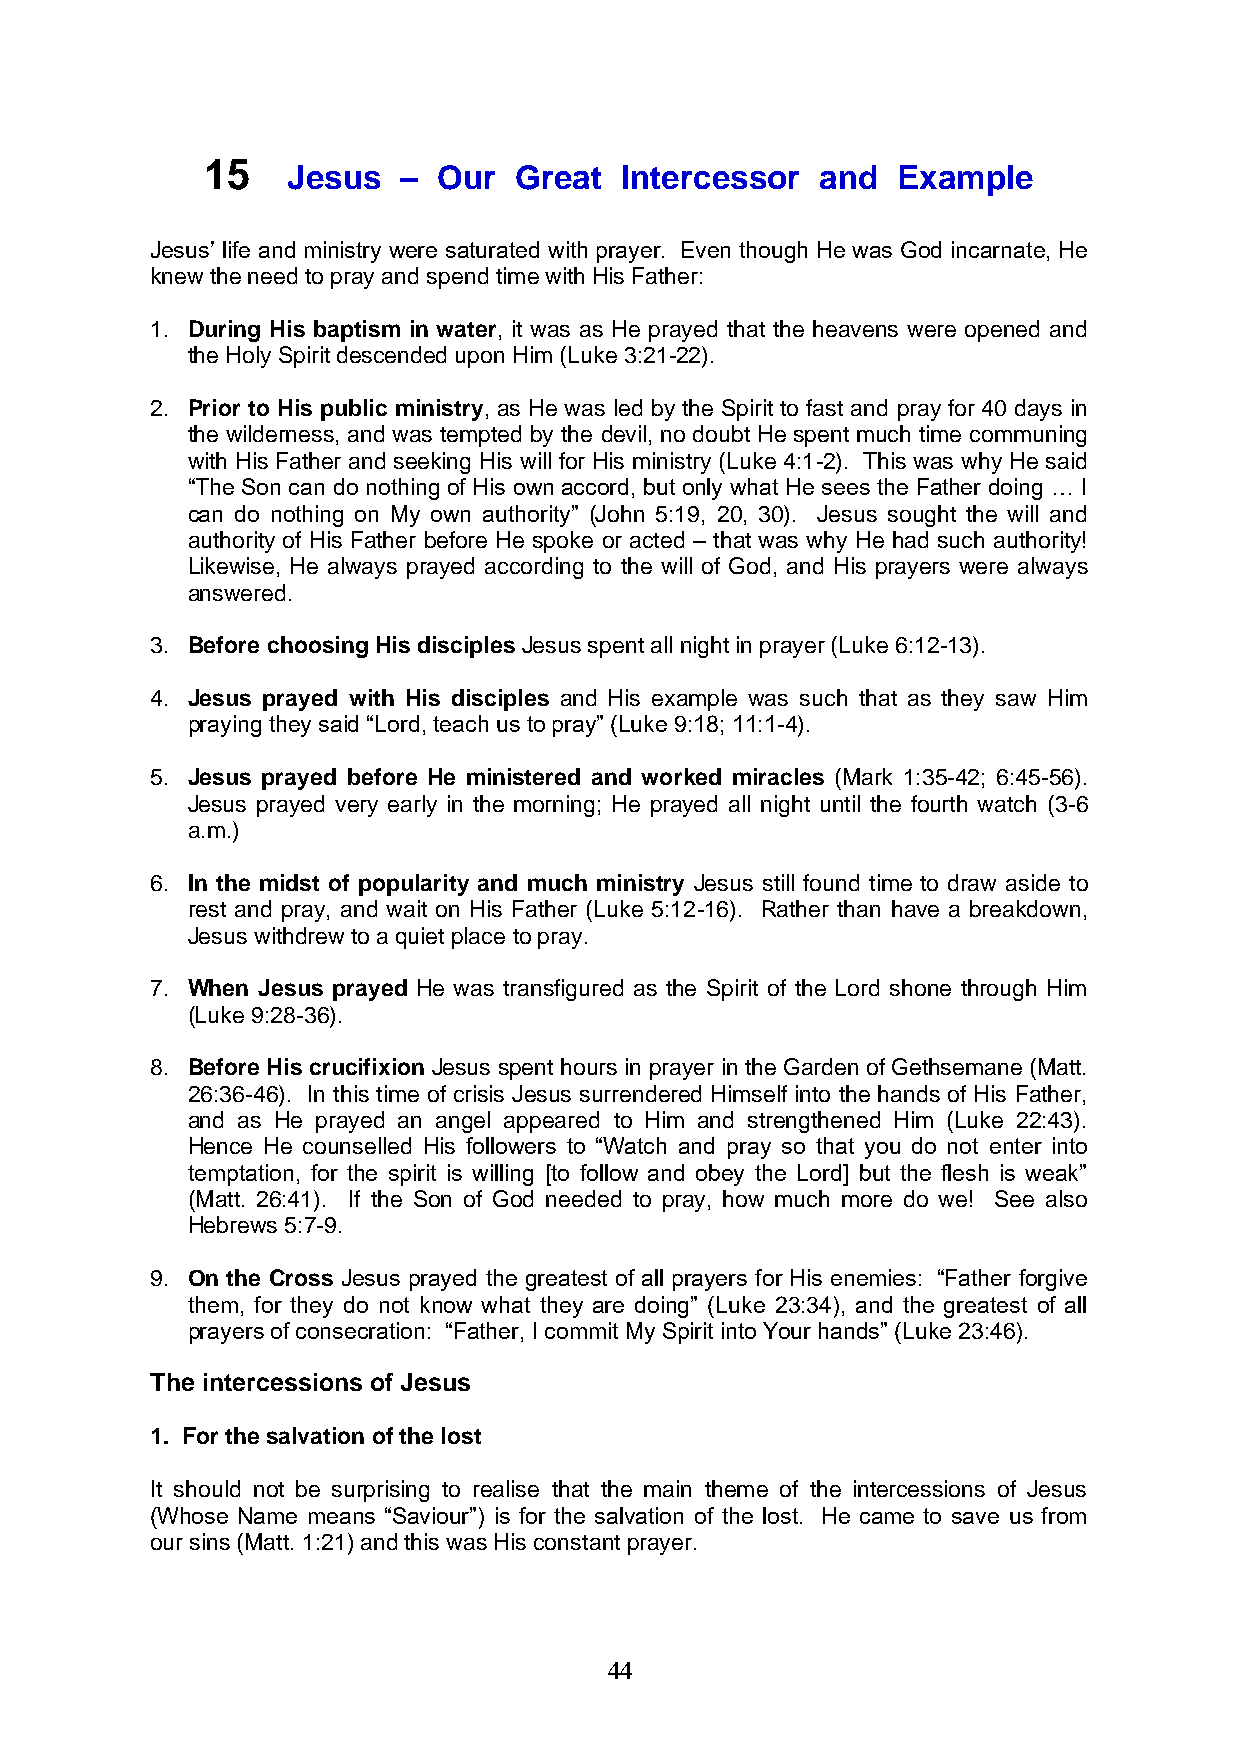
15
 Jesus  –  Our  Great  Intercessor  and  Example
 Jesus’ life and ministry were saturated with prayer. Even though He was God incarnate, He
 knew the need to pray and spend time with His Father:
 1. During His baptism in water, it was as He prayed that the heavens were opened and
 the Holy Spirit descended upon Him (Luke 3:21-22).
 2. Prior to His public ministry, as He was led by the Spirit to fast and pray for 40 days in
 the wilderness, and was tempted by the devil, no doubt He spent much time communing
 with His Father and seeking His will for His ministry (Luke 4:1-2). This was why He said
 “The Son can do nothing of His own accord, but only what He sees the Father doing … I
 can do nothing on My own authority” (John 5:19, 20, 30). Jesus sought the will and
 authority of His Father before He spoke or acted – that was why He had such authority!
 Likewise, He always prayed according to the will of God, and His prayers were always
 answered.
 3. Before choosing His disciples Jesus spent all night in prayer (Luke 6:12-13).
 4. Jesus prayed with His disciples and His example was such that as they saw Him
 praying they said “Lord, teach us to pray” (Luke 9:18; 11:1-4).
 5. Jesus prayed before He ministered and worked miracles (Mark 1:35-42; 6:45-56).
 Jesus prayed very early in the morning; He prayed all night until the fourth watch (3-6
 a.m.)
 6. In the midst of popularity and much ministry Jesus still found time to draw aside to
 rest and pray, and wait on His Father (Luke 5:12-16). Rather than have a breakdown,
 Jesus withdrew to a quiet place to pray.
 7. When Jesus prayed He was transfigured as the Spirit of the Lord shone through Him
 (Luke 9:28-36).
 8. Before His crucifixion Jesus spent hours in prayer in the Garden of Gethsemane (Matt.
 26:36-46). In this time of crisis Jesus surrendered Himself into the hands of His Father,
 and as He prayed an angel appeared to Him and strengthened Him (Luke 22:43).
 Hence He counselled His followers to “Watch and pray so that you do not enter into
 temptation, for the spirit is willing [to follow and obey the Lord] but the flesh is weak”
 (Matt. 26:41). If the Son of God needed to pray, how much more do we! See also
 Hebrews 5:7-9.
 9. On the Cross Jesus prayed the greatest of all prayers for His enemies: “Father forgive
 them, for they do not know what they are doing” (Luke 23:34), and the greatest of all
 prayers of consecration: “Father, I commit My Spirit into Your hands” (Luke 23:46).
 The intercessions of Jesus
 1. For the salvation of the lost
 It should not be surprising to realise that the main theme of the intercessions of Jesus
 (Whose Name means “Saviour”) is for the salvation of the lost. He came to save us from
 our sins (Matt. 1:21) and this was His constant prayer.
 44